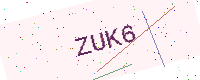
Text: ZUK6